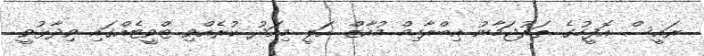
ރައީސް އޮފީހުގެ ތަރުޖަމާނު އިބްރާހިމް މުއާޒް އަލީ މިއަދު ކުރެއްވި ޓްވީޓެއްގައި ވިދާޅުވީ